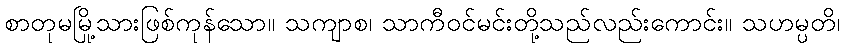
စာတုမမြို့သားဖြစ်ကုန်သော။ သကျာစ၊ သာကီဝင်မင်းတို့သည်လည်းကောင်း။ သဟမ္ပတိ၊